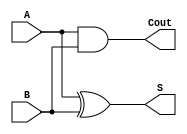
module half_adder (
    input A,
    input B,
    output S,
    output Cout
);
    
assign S = A ^ B; // XOR gate for sum output
assign Cout = A & B; // AND gate for carry out output

endmodule